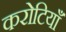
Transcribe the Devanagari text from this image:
करोटियाँ